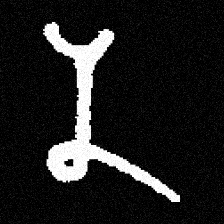
Pyu character \u2014 Myanmar letter: န (romanized: na)